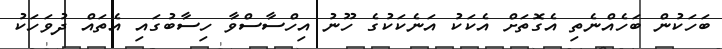
ބަހަކުން ބަހެއްނެތި އެގޮތަށް އެކަކު އަނެކަކުގެ ހޫނު އިހްސާސްވާ ހިސާބުގައި އެތައް ދުވަހަކު